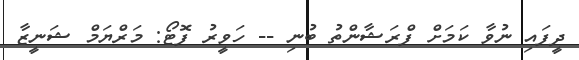
ދީފައި ނުވާ ކަމަށް ފްރަޝާންތު ބުނި -- ހަވީރު ފޮޓޯ: މަރްޔަމް ޝަނީޒާ